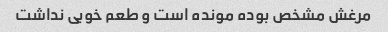
مرغش مشخص بوده مونده است و طعم خوبی نداشت